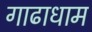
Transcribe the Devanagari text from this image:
गाढाधाम